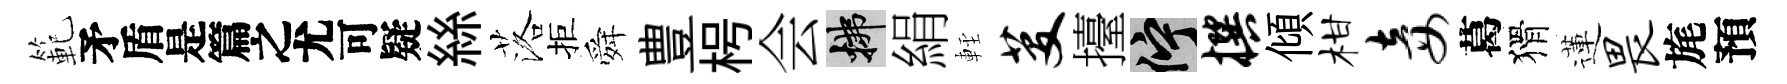
範待絲落拒舜豊枵会拂絹䡖芟擡伫撰傾柑妾葛猾蓮畏旄預